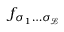
f _ { \sigma _ { 1 } \dots \sigma _ { \scriptscriptstyle \! \mathscr { L } } }